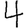
Digit: 4